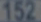
152